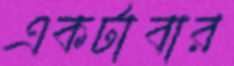
একটাবার